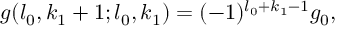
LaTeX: g ( l _ { 0 } , k _ { 1 } + 1 ; l _ { 0 } , k _ { 1 } ) = ( - 1 ) ^ { l _ { 0 } + k _ { 1 } - 1 } g _ { 0 } ,